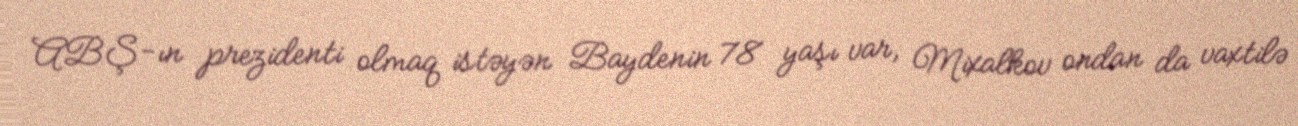
ABŞ-ın prezidenti olmaq istəyən Baydenin 78 yaşı var, Mixalkov ondan da vaxtilə